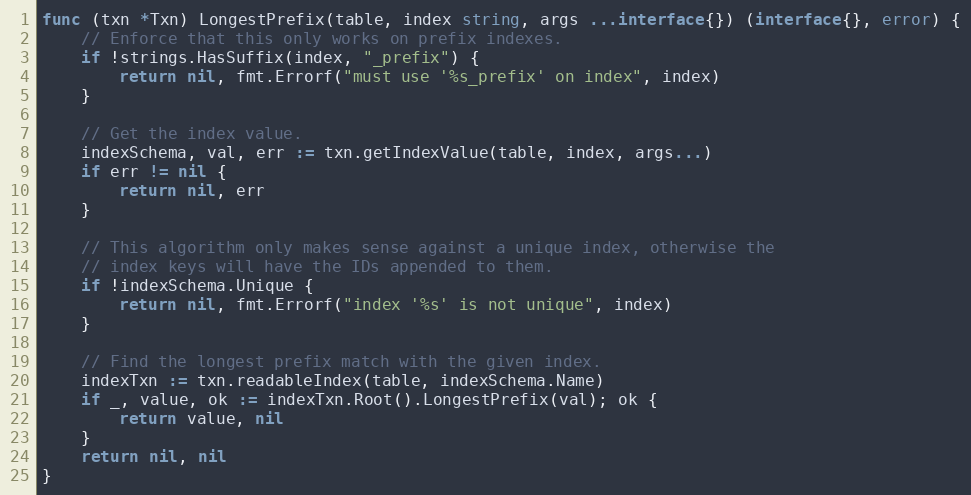
Language: Go
func (txn *Txn) LongestPrefix(table, index string, args ...interface{}) (interface{}, error) {
	// Enforce that this only works on prefix indexes.
	if !strings.HasSuffix(index, "_prefix") {
		return nil, fmt.Errorf("must use '%s_prefix' on index", index)
	}

	// Get the index value.
	indexSchema, val, err := txn.getIndexValue(table, index, args...)
	if err != nil {
		return nil, err
	}

	// This algorithm only makes sense against a unique index, otherwise the
	// index keys will have the IDs appended to them.
	if !indexSchema.Unique {
		return nil, fmt.Errorf("index '%s' is not unique", index)
	}

	// Find the longest prefix match with the given index.
	indexTxn := txn.readableIndex(table, indexSchema.Name)
	if _, value, ok := indexTxn.Root().LongestPrefix(val); ok {
		return value, nil
	}
	return nil, nil
}